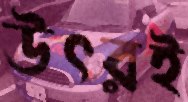
উৎরই